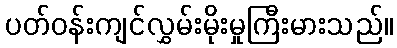
ပတ်ဝန်းကျင်လွှမ်းမိုးမှုကြီးမားသည်။